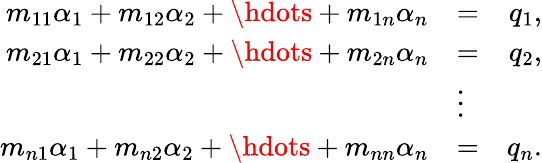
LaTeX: \begin{array}{rlr}{m_{11}\alpha_{1}+m_{12}\alpha_{2}+\hdots+m_{1n}\alpha_{n}}&{=}&{q_{1},}\\ {m_{21}\alpha_{1}+m_{22}\alpha_{2}+\hdots+m_{2n}\alpha_{n}}&{=}&{q_{2},}\\ &{\vdots}&\\ {m_{n1}\alpha_{1}+m_{n2}\alpha_{2}+\hdots+m_{nn}\alpha_{n}}&{=}&{q_{n}.}\end{array}